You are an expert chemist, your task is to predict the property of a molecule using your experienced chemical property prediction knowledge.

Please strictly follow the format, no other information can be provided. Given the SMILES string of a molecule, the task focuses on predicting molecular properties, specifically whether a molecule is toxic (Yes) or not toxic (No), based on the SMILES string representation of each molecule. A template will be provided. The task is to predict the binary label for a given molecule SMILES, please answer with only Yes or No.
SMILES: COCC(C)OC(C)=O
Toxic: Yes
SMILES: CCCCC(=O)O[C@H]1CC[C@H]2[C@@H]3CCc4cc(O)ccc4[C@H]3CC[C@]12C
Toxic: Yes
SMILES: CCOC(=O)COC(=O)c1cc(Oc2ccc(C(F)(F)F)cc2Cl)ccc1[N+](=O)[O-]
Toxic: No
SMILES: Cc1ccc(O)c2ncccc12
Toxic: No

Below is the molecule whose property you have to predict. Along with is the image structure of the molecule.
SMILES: Clc1cc(Cl)c(Cl)c(Cl)c1
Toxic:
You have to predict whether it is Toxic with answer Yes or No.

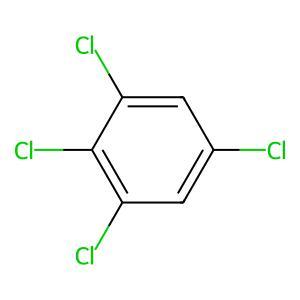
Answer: Yes